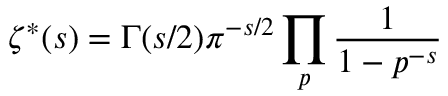
\zeta ^ { * } ( s ) = \Gamma ( s / 2 ) \pi ^ { - s / 2 } \prod _ { p } { \frac { 1 } { 1 - p ^ { - s } } }